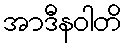
အာဒီနဝါတိ